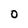
Character: O